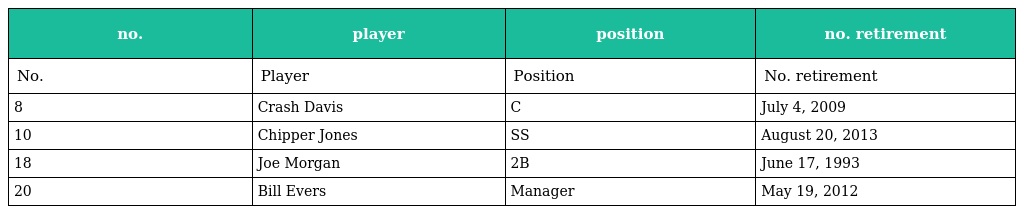
| no. | player | position | no. retirement |
 | --- | --- | --- | --- |
 | No. | Player | Position | No. retirement |
 | 8 | Crash Davis | C | July 4, 2009 |
 | 10 | Chipper Jones | SS | August 20, 2013 |
 | 18 | Joe Morgan | 2B | June 17, 1993 |
 | 20 | Bill Evers | Manager | May 19, 2012 |